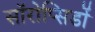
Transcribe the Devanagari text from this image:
सॉरोप्सिडों